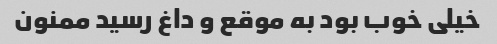
خیلی خوب بود به موقع و داغ رسید ممنون